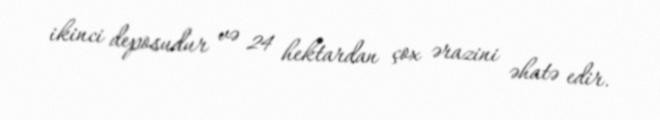
ikinci deposudur və 24 hektardan çox ərazini əhatə edir.